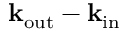
\bf k _ { \mathrm { o u t } } - \bf k _ { \mathrm { i n } }